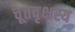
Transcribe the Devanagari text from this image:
चूतवृक्षस्य